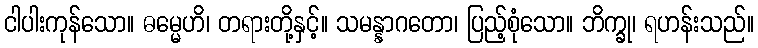
ငါပါးကုန်သော။ ဓမ္မေဟိ၊ တရားတို့နှင့်။ သမန္နာဂတော၊ ပြည့်စုံသော။ ဘိက္ခု၊ ရဟန်းသည်။